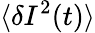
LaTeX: \langle\delta I^{2}(t)\rangle